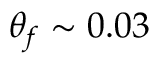
\theta _ { f } \sim 0 . 0 3